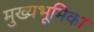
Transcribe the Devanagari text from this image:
मुख्यभूमिका